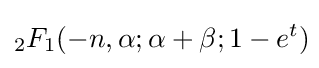
_{2}F_{1}(-n,\alpha ;\alpha +\beta ;1-e^{t})\!